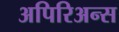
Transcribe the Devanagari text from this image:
अपिरिअन्स